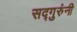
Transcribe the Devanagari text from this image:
सद्गुरुंनी